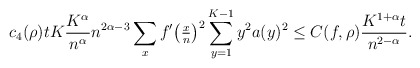
\begin{align*}c_4(\rho) t K \frac{K^{\alpha}}{n^\alpha} n^{2\alpha-3} \sum_{x} f'\big( \tfrac{x}{n}\big)^2 \sum_{y=1}^{K-1} y^2 a(y)^2 \leq C(f,\rho) \frac{ K^{1+\alpha} t}{n^{2-\alpha}}.\end{align*}